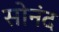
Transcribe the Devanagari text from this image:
सोनंद